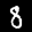
Label: 8